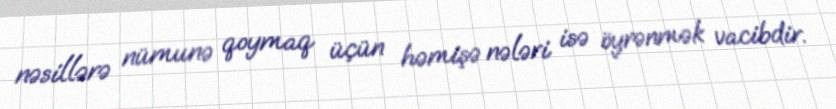
nəsillərə nümunə qoymaq üçün həmişə nələri isə öyrənmək vacibdir.